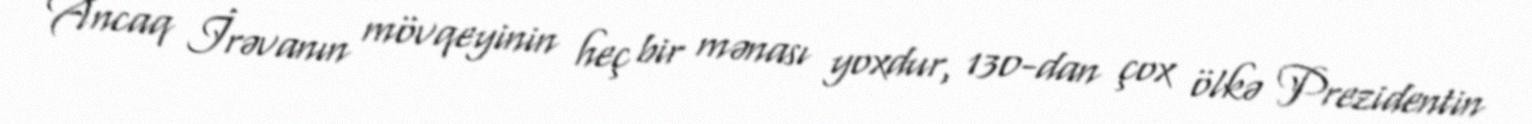
Ancaq İrəvanın mövqeyinin heç bir mənası yoxdur, 130-dan çox ölkə Prezidentin